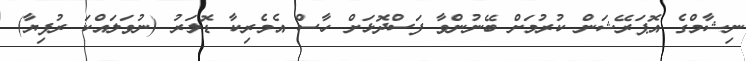
ނިޝާމްގެ އޮޕަރޭޝަން ކުރުމަށް ބޭނުންވާ ފަސްދޮޅަށް ހާސް އެމެރިކާ ޑޮލަރު (ނުވަލައްކަ ރުފިޔާ)